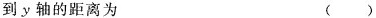
到y轴的距离为 ( )